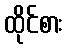
ထိုင်စား